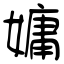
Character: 嫞